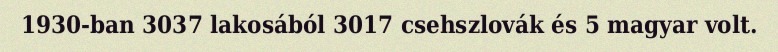
1930-ban 3037 lakosából 3017 csehszlovák és 5 magyar volt.